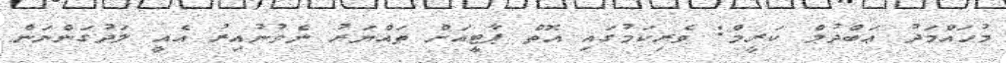
މުހައްމަދު ޢަބްދުލް ކަރީމް: ވެރިކަމުގައި އޮތް ޕާޓީއަށް ތައްޔަރު ނެވުނުއިރު އެއީ ލަދުގަންނަން